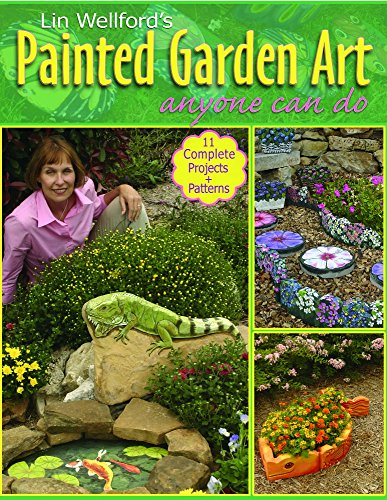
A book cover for Lin Wellford's Painted Garden Art Anyone Can Do; Lin Wellford; Crafts, Hobbies & Home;